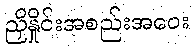
ညှိနှိုင်းအစည်းအဝေး